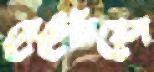
মেটেরিয়েল